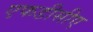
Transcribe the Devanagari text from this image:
एफडीसीए